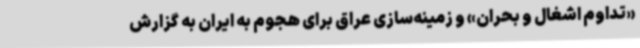
«تداوم اشغال و بحران» و زمینه‌سازی عراق برای هجوم به ایران به گزارش